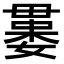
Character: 𣫻